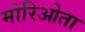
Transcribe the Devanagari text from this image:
मोरिओता